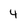
Character: 4